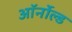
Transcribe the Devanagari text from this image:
ऑर्नोल्ड